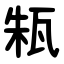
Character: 㼡